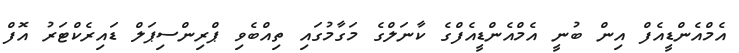
އެމްއެންޑީއެފް އިން ބުނީ އެމްއެންޑީއެފްގެ ކާނަލްގެ މަގާމުގައި ތިއްބެވި ޕްރިންސިޕަލް ޑައިރެކްޓަރު އޮފް